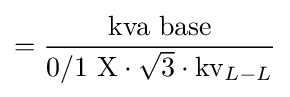
={\frac {\text{kva base}}{{\text{0/1 X}}\cdot {\sqrt {3}}\cdot {\text{kv}}_{L-L}}}